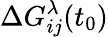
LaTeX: \Delta G_{ij}^{\lambda}(t_{0})